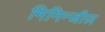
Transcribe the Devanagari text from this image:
मिनिन्जीज़